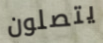
يتصلون